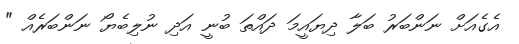
އެގެއަށް ނަންބަރު ބަލާ ދިޔައީމަ ދައްތަ ބުނީ އަދި ނުލިބެޔޯ ނަންބަރެއް "